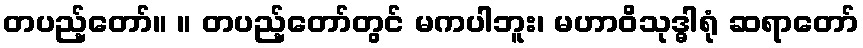
တပည့်တော်။ ။ တပည့်တော်တွင် မကပါဘူး၊ မဟာဝိသုဒ္ဓါရုံ ဆရာတော်